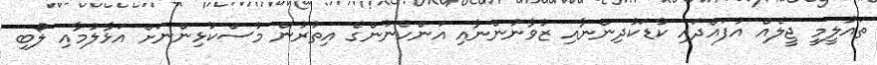
ތައުލީމީ ޖީލެއް އުފައްދައި ކުޑަކުދިންނާއި ޒުވާނުންނާއި އަންހެނުންގެ އިތުރުން މުސްކުޅިންނަށް އަޅާލުމާއި ލޯބި